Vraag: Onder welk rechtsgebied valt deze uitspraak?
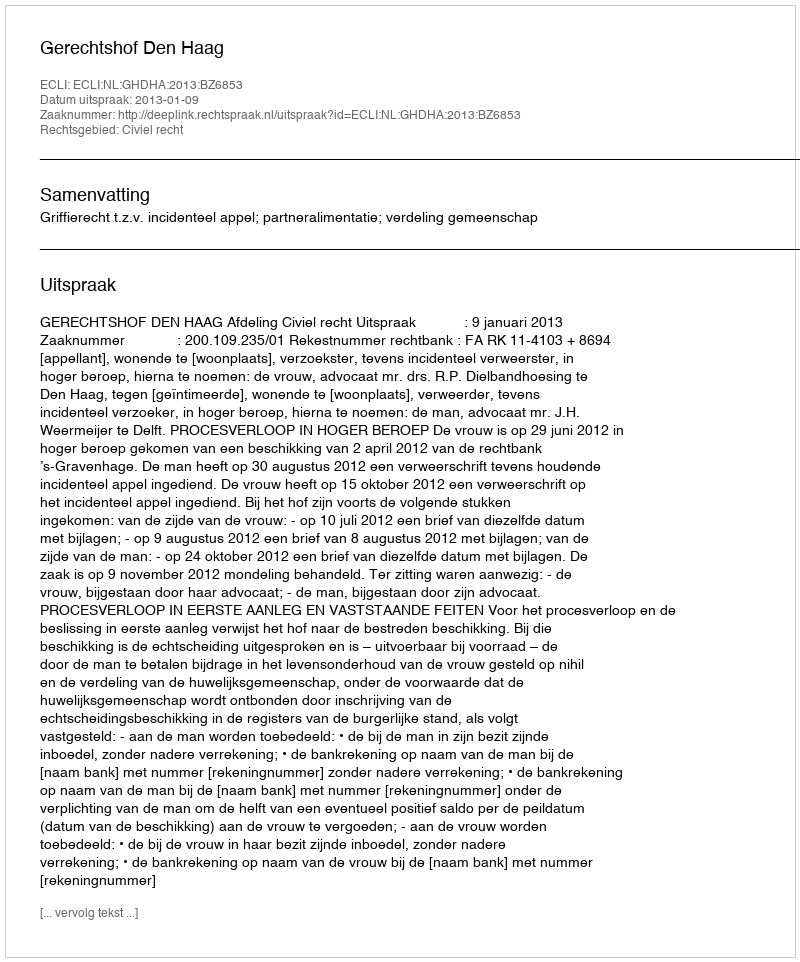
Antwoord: Civiel recht